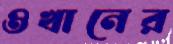
ওখানের